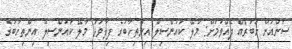
ސަންއަށް ޚަބަރެއް ދެއްވުމަށް: މާލޭ ކައުންސިލް އިންތިހާބުގެ ފިލާވަޅު މާލޭ ކައުންސިލް އިންތިހާބުގެ